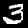
Digit: 3